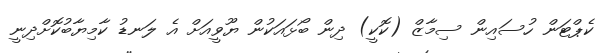
ކެޕްޓަން ހުސައިން ސިމާޒް (ކޮކީ) ދިން ބޯޅައަކުން ޔޫވީއަށް އެ ލަނޑު ކާމިޔާބުކޮށްދިނީ